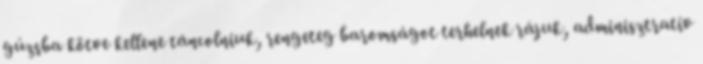
gúzsba kötve kellene táncolniuk, rengeteg baromságot terhelnek rájuk, adminisztratív